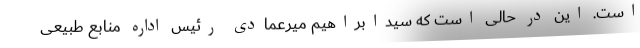
است. این در حالی است که سیدابراهیم میرعمادی رئیس اداره منابع طبیعی